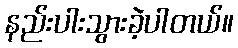
နည်းပါးသွားခဲ့ပါတယ်။